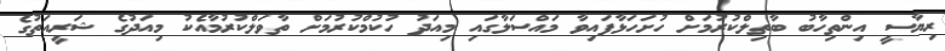
ރިޔާސީ އިންތިހާބު ބާތިލްކުރުމަށް ހުށަހަޅާފައިވާ މައްސަލާގައި މިއަދު ހުކުމްކުރުމަށް ތާވަލްކުރުމާއެކު މިއަދުގެ ޝަރީއަތުގެ